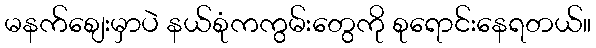
မနက်စျေးမှာပဲ နယ်စုံကကွမ်းတွေကို စုရောင်းနေရတယ်။